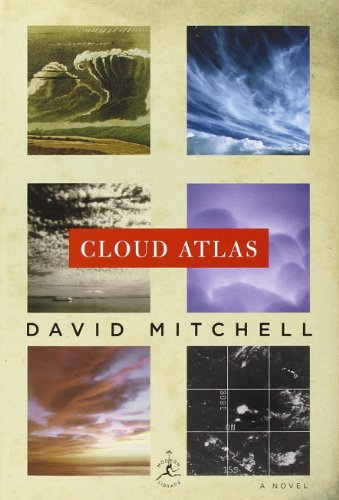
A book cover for Cloud Atlas: A Novel (Modern Library); David Mitchell; Literature & Fiction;